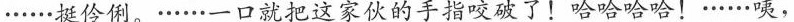
......挺伶例。......一口就把这家伙的手指咬破了!哈哈哈哈!......咦，